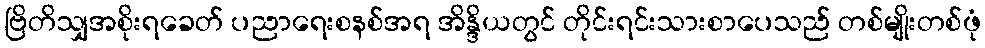
ဗြိတိသျှအစိုးရခေတ် ပညာရေးစနစ်အရ အိန္ဒိယတွင် တိုင်းရင်းသားစာပေသည် တစ်မျိုးတစ်ဖုံ